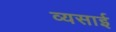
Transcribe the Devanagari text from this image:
व्यसाई